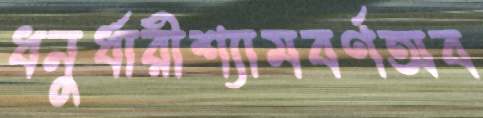
ধনুর্ধারীশ্যামবর্ণঅব